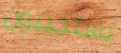
يستجيبون